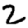
Digit: 2